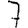
Digit: 7